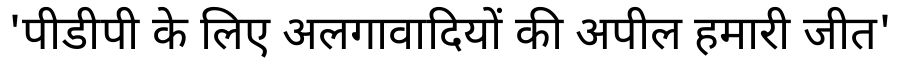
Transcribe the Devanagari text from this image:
'पीडीपी के लिए अलगावादियों की अपील हमारी जीत'